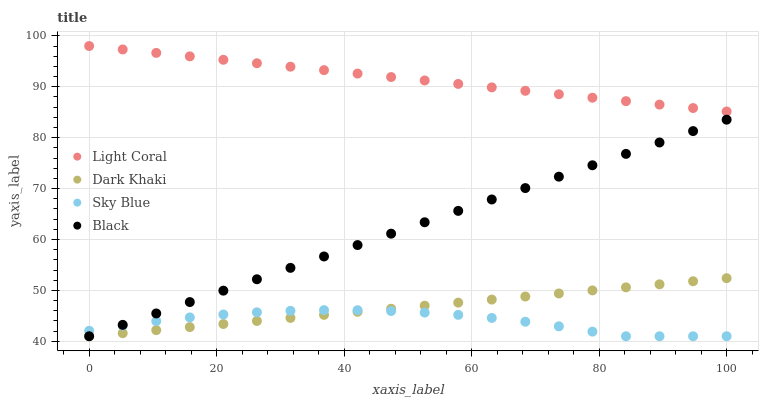
| xaxis_label | Light Coral | Dark Khaki | Sky Blue | Black |
 | --- | --- | --- | --- | --- |
 | 0 | 98 | 41 | 42.1 | 41 |
 | 5.26 | 97.3 | 41.6 | 43.1 | 43.2 |
 | 10.5 | 96.6 | 42.2 | 44 | 45.5 |
 | 15.8 | 96 | 42.8 | 44.7 | 47.7 |
 | 21.1 | 95.3 | 43.4 | 45.3 | 50 |
 | 26.3 | 94.6 | 44 | 45.7 | 52.2 |
 | 31.6 | 93.9 | 44.6 | 46 | 54.4 |
 | 36.8 | 93.3 | 45.2 | 46.1 | 56.7 |
 | 42.1 | 92.6 | 45.8 | 46.1 | 58.9 |
 | 47.4 | 91.9 | 46.4 | 46 | 61.1 |
 | 52.6 | 91.2 | 47 | 45.7 | 63.4 |
 | 57.9 | 90.6 | 47.6 | 45.2 | 65.6 |
 | 63.2 | 89.9 | 48.2 | 44.6 | 67.9 |
 | 68.4 | 89.2 | 48.8 | 43.8 | 70.1 |
 | 73.7 | 88.5 | 49.4 | 43 | 72.3 |
 | 78.9 | 87.8 | 50 | 41.9 | 74.6 |
 | 84.2 | 87.2 | 50.6 | 41 | 76.8 |
 | 89.5 | 86.5 | 51.2 | 41 | 79.1 |
 | 94.7 | 85.8 | 51.8 | 41 | 81.3 |
 | 100 | 85.1 | 52.4 | 41 | 83.5 |